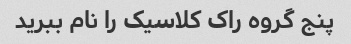
پنج گروه راک کلاسیک را نام ببرید